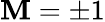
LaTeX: \mathbf{M}=\pm1